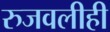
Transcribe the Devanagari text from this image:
रुजवलीही